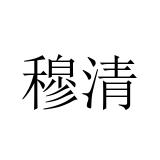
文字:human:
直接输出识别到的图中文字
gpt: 穆清